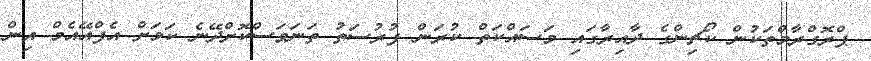
ޕްރޮގްރާމްތަކުން ކޯޗިންގެ ދާއިރާގައި މަސައްކަތް ކުރަން ފުރުސަތު ތަނަވަސްކޮށްދޭނެ ކަމަށް އެފްއޭއެމް އިން